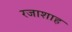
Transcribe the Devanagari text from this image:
रजाशाह